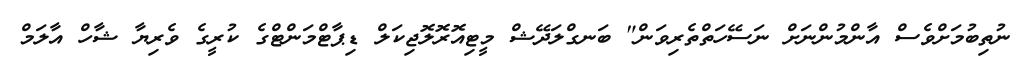
ނުތިބުމަށްވެސް އާންމުންނަށް ނަސޭހަތްތެރިވަން" ބަނގްލަދޭޝް މީޓިއޮރޮލޮޖިކަލް ޑިޕާޓްމަންޓްގެ ކުރީގެ ވެރިޔާ ޝާހް އާލަމް